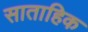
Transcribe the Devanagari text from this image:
साताहिक